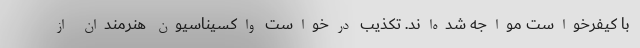
با کیفرخواست مواجه شده‌اند. تکذیب درخواست واکسیناسیون هنرمندان از